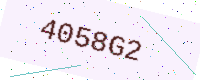
Text: 4058G2